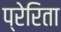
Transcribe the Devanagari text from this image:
प्रेरिता